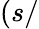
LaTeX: (s/